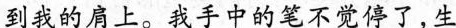
到我的肩上。我手中的笔不觉停了，生